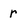
Character: r